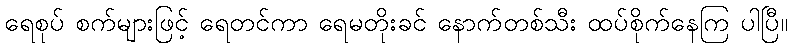
ရေစုပ် စက်များဖြင့် ရေတင်ကာ ရေမတိုးခင် နောက်တစ်သီး ထပ်စိုက်နေကြ ပါပြီ။